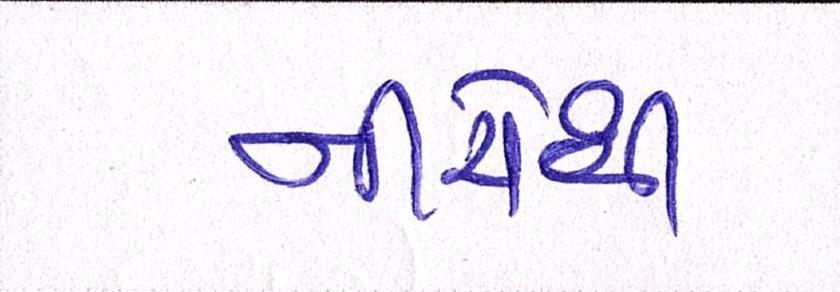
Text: નીચેથી